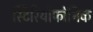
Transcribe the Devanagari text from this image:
स्टिरियोफोनिक